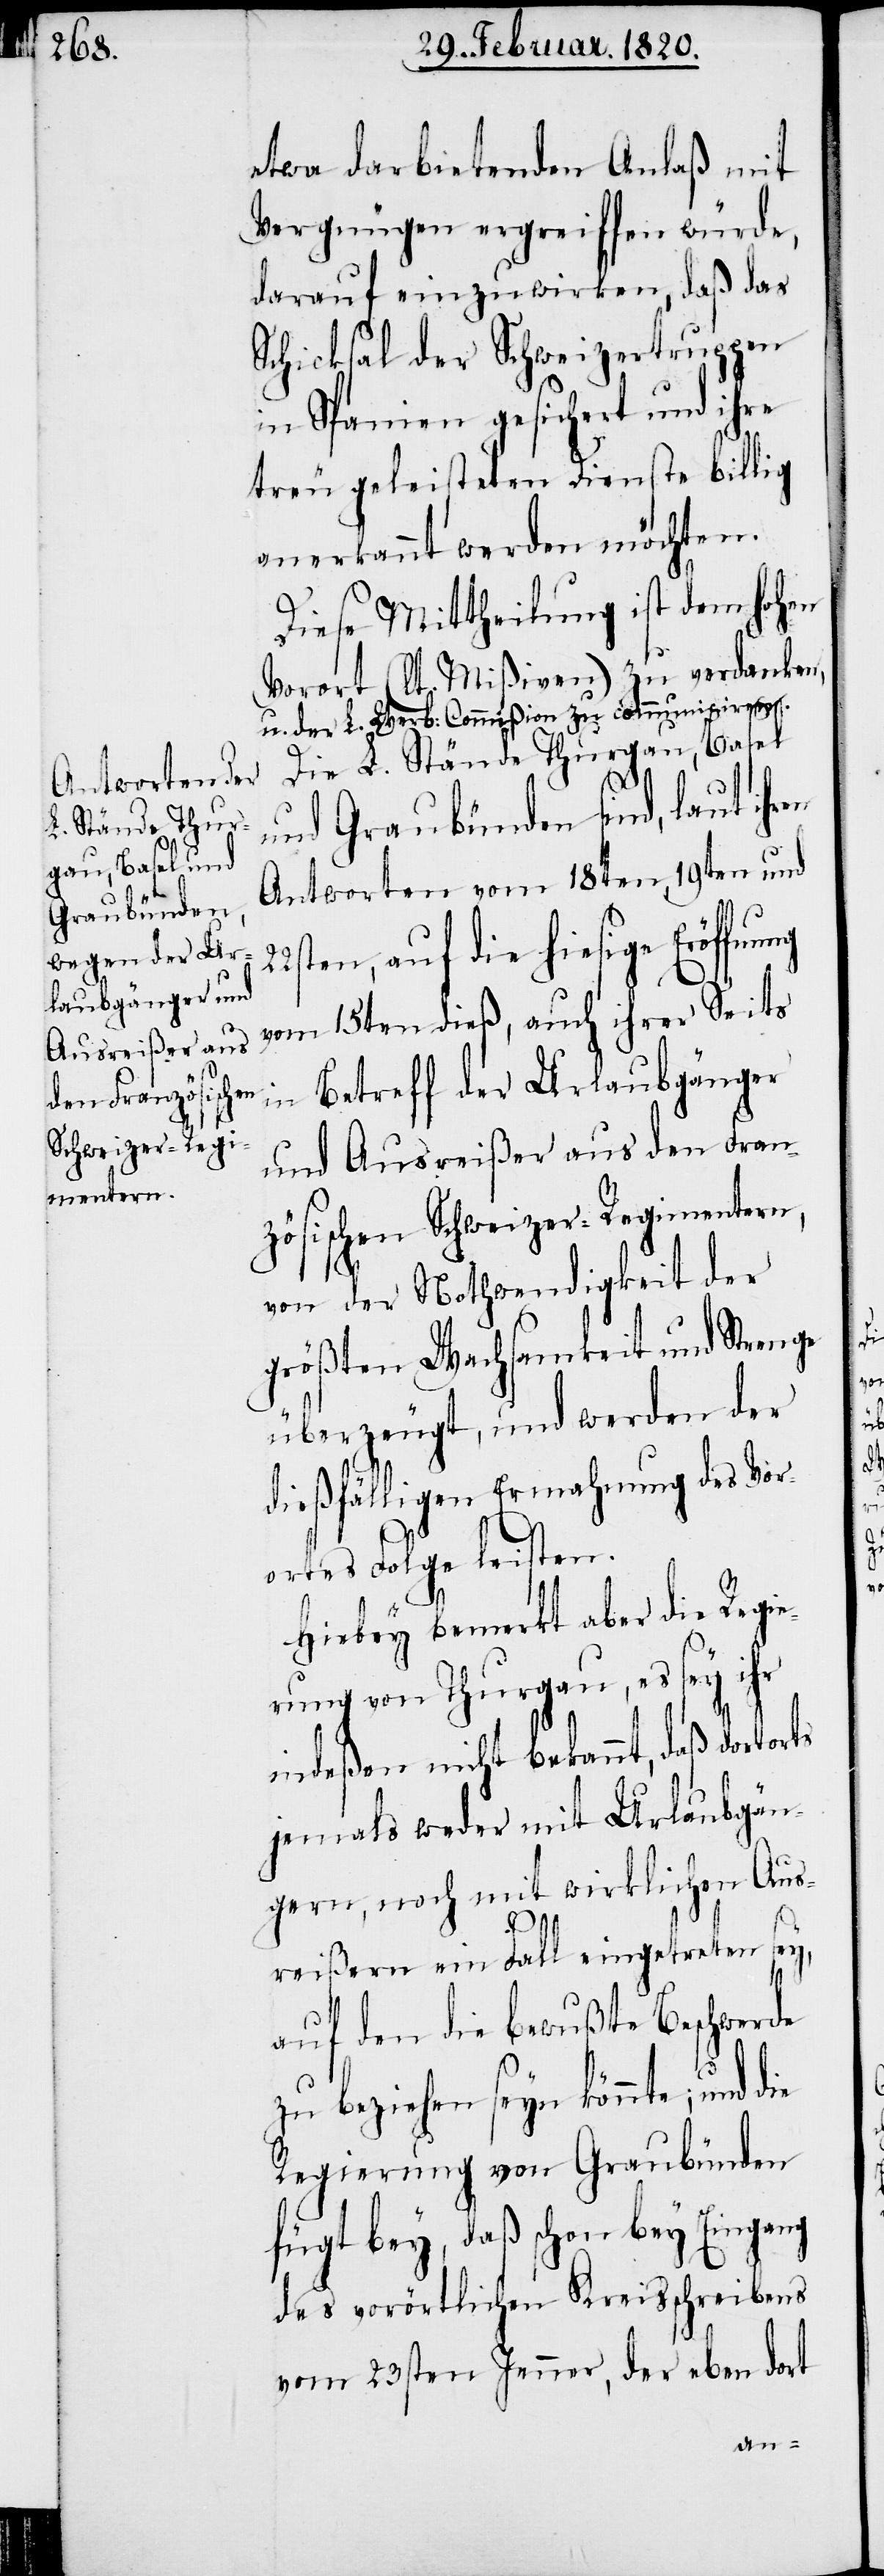
etwa darbietenden Anlaß mit
Vergnügen ergreiffen würde,
darauf einzuwirken, daß das
Schicksal der Schweizertruppen
in Spanien gesichert und ihre
treu geleisteten Dienste billig
anerkannt werden möchten.
Diese Mittheilung ist dem hohen
Vorort (lt. Mißiven) zu verdanken,
u. der L. Werb: Commißion zu communiciren.
Die L. Stände Thurgau, Basel
und Graubünden sind, laut ihren
Antworten vom 18ten, 19ten und
ten, auf die hiesige Eröffn¬
vom 15ten dieß, auch ihrer Seits
in Betreff der Urlaubgänger
und Ausreißer aus den Fran¬
zösischen Schweizer-Regimentern,
von der Nothwendigkeit der
größten Wachsamkeit und Strenge
überzeugt, und werden der
dießfälligen Ermahnung des Vor¬
ortes Folge leisten.
Hiebey bemerkt aber die Regi¬
erung von Thurgau, es sey ihr
indeßen nicht bekannt, daß dortorts
jemals weder mit Urlaubgän¬
gern, noch mit wirklichen Aus¬
22s¬
reißern ein Fall eingetreten sey,
auf den die bewußte Beschwerde
zu beziehen seyn könnte; und die
Regierung von Graubünden
fügt bey, daß schon bey Eingang
des vorörtlichen Kreisschreibens
vom 23sten Jenner, der eben dort
ung